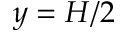
y = H / 2